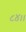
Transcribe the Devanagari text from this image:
८४।।